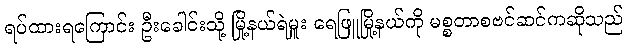
ရပ်ထားရကြောင်း ဦးခေါင်းသို့ မြို့နယ်ရဲမှူး ရေဖြူမြို့နယ်ကို မစ္စတာစဗင်ဆင်ကဆိုသည်